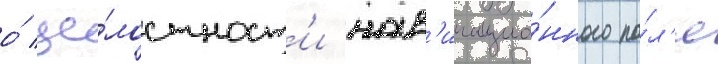
о́ це́лостност'и нав'игацио́нного по́л'я